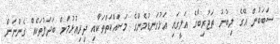
ސަބަބުން އޭގެ ލިބުނު ތަޖުރިބާގެ އަލީގައި އަޅުގަނޑުމެންގެ މަސައްކަތްތަކާއި ދިރިއުޅުމަށް ބަދަލުތަކެއް ގެންނަން